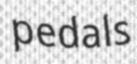
pedals